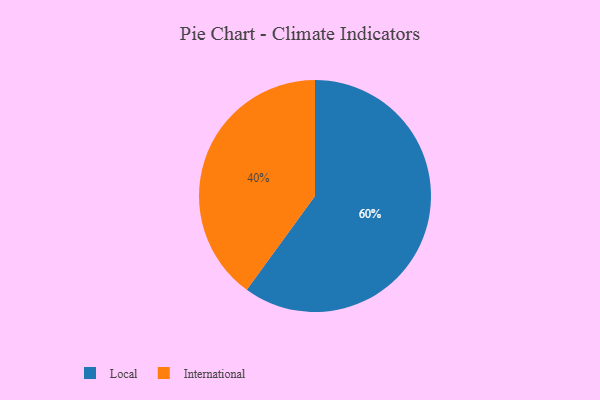
{"axis": {"x": "Category", "y": "Percentage"}, "legend": ["International", "Local"], "data": [{"x": "International", "y": 40, "type": "International"}, {"x": "Local", "y": 60, "type": "Local"}]}